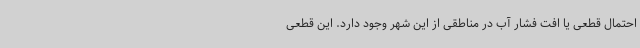
احتمال قطعی یا افت فشار آب در مناطقی از این شهر وجود دارد. این قطعی